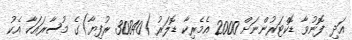
އަދި ފޮނުވާ ޑޮކްޓަރުންނަށް 2000 އެމެރިކާ ޑޮލަރު (30840 ރުފިޔާ)ގެ މުސާރައަކާ އެކު